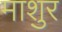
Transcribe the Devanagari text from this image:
माशुर